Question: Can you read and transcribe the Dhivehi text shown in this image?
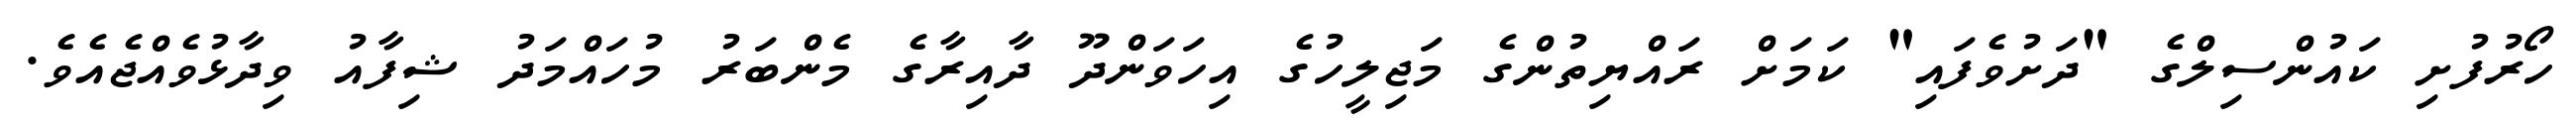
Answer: ހޯރުފުށި ކައުންސިލްގެ "ދަށުވެފައި" ކަމަށް ރައްޔިތުންގެ މަޖިލީހުގެ އިހަވަންދޫ ދާއިރާގެ މެންބަރު މުހައްމަދު ޝިފާއު ވިދާޅުވެއްޖެއެވެ.